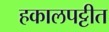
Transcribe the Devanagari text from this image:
हकालपट्टीत